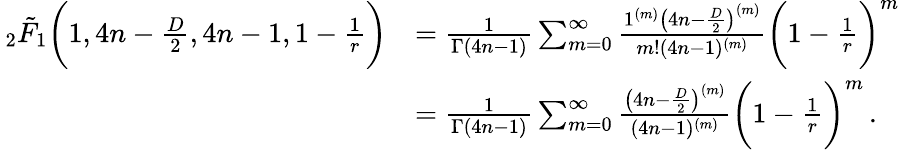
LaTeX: \begin{array}{rl}{\, _{2}\tilde{F}_{1}\bigg(1,4n-\frac{D}{2},4n-1,1-\frac{1}{r}\bigg)}&{=\frac{1}{\Gamma(4n-1)}\sum_{m=0}^{\infty}\frac{1^{(m)}\big(4n-\frac{D}{2}\big)^{(m)}}{m!(4n-1)^{(m)}}\bigg(1-\frac{1}{r}\bigg)^{m}}\\ &{=\frac{1}{\Gamma(4n-1)}\sum_{m=0}^{\infty}\frac{\big(4n-\frac{D}{2}\big)^{(m)}}{(4n-1)^{(m)}}\bigg(1-\frac{1}{r}\bigg)^{m}\, .}\end{array}